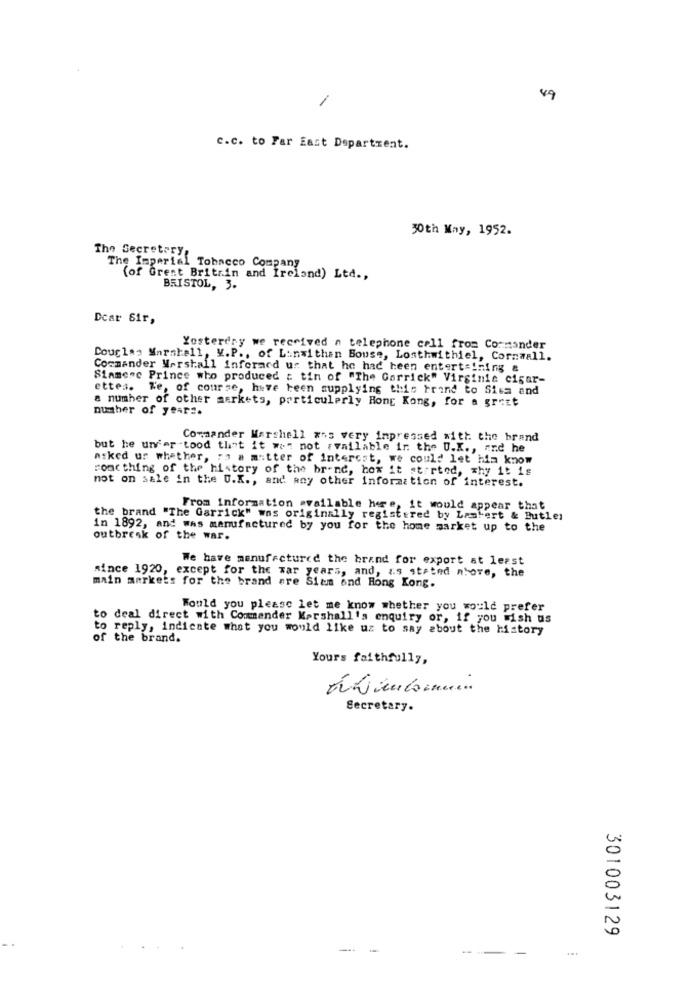
1
49
c.c. to Far East Department.
30th May, 1952.
The Secretary,
The Imperial Tobacco Company
(of Great Britain and Ireland) Ltd .,
BRISTOL, 3.
Dear Sir,
Yesterday we received a telephone call from Commander
Douglas Marshall, V.P ., of Linwithan Bouse, Losthwithiel, Cornwall.
Commander Marshall inforard us that he had heen entertaining &
Siamese Prince who produced ; tin of "The Garrick" Virginie cigar-
ettes. We, of course, heve been supplying this brand to Sisa and
a number of other markets, particularly Hong Kong, for a great
number of years.
Commander Marshell ans very impressed with the brand
but he un'er tood that it was not Fvailable in the U.K ., and he
asked ur whether, ; o a matter of interest, we could let him know
ronc thing of the history of the brand, how it started, why it is
not on sale in the U.K ., and any other information of interest.
From information available here, it would appear that
the brand "The Garrick" was originally registered by Lambert & Butler
in 1892, and was manufactured by you for the home market up to the
outbreak of the war.
We have manufactured the brand for export at least
since 1920, except for the war years, and, as stated above, the
main markets for the brand Fre Sium and Hong Kong.
Would you please let me know whether you would prefer
to deal direct with Commander Marshall's enquiry or, if you wish us
to reply, indicate what you would like uz to say about the history
of the brand.
Yours faithfully,
Secretary.
301003129
-